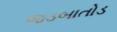
જડબાતોડ